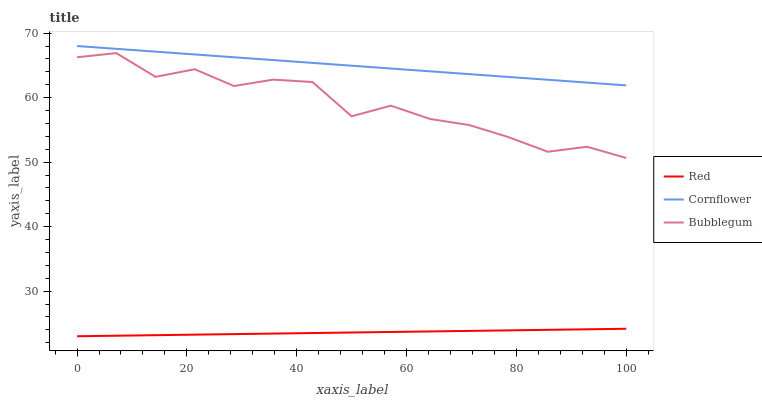
| xaxis_label | Red | Cornflower | Bubblegum |
 | --- | --- | --- | --- |
 | 0 | 23 | 68 | 66.3 |
 | 7.14 | 23.1 | 67.6 | 66.9 |
 | 14.3 | 23.2 | 67.1 | 63.2 |
 | 21.4 | 23.2 | 66.7 | 64.4 |
 | 28.6 | 23.3 | 66.3 | 61.8 |
 | 35.7 | 23.4 | 65.8 | 62.8 |
 | 42.9 | 23.5 | 65.4 | 62.4 |
 | 50 | 23.6 | 64.9 | 57.1 |
 | 57.1 | 23.7 | 64.5 | 58.7 |
 | 64.3 | 23.7 | 64.1 | 56.7 |
 | 71.4 | 23.8 | 63.6 | 55.7 |
 | 78.6 | 23.9 | 63.2 | 53.9 |
 | 85.7 | 24 | 62.8 | 51.6 |
 | 92.9 | 24.1 | 62.3 | 52.4 |
 | 100 | 24.2 | 61.9 | 50.6 |